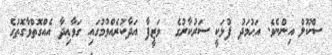
ސްކޫލް އިންނެވެ. އަޙުމަދު ފުޅަކީ ސަރުކާރުގެ  ވަޒީފާ އަދާކުރެއްވުމުގައި ގަވާޢިދާ އެއްގޮތްވާގޮތުގެ